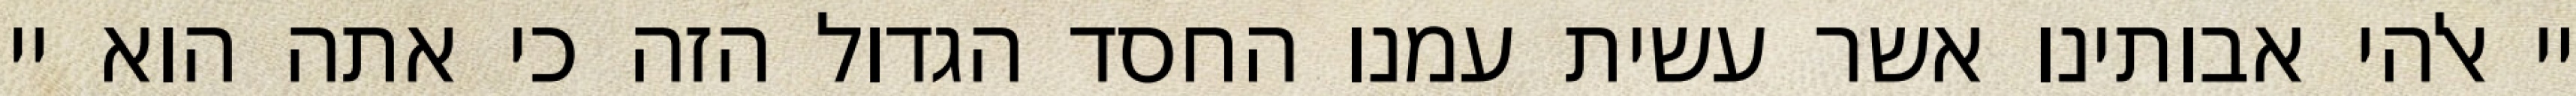
יי אלהי אבותינו אשר עשית עמנו החסד הגדול הזה כי אתה הוא יי